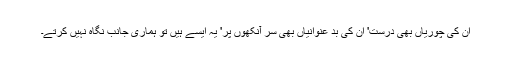
ان کی چوریاں بھی درست' ان کی بد عنوانیاں بھی سر آنکھوں پر' یہ ایسے ہیں تو ہماری جانب نگاہ نہیں کرتے۔